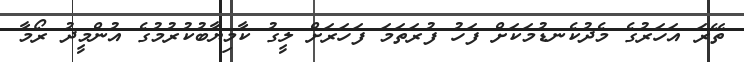
ތޭރަ އަހަރުގެ މެދުކެނޑުމަކަށް ފަހު ފުރަތަމަ ފަހަރަށް ލީގު ކާމިޔާބުކުރުމުގެ އުންމީދު ރޯމާ